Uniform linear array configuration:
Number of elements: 24
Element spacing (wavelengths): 0.25
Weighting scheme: uniform
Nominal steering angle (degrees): -45
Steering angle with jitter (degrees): -43.865
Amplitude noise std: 0.05
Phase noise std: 0.05

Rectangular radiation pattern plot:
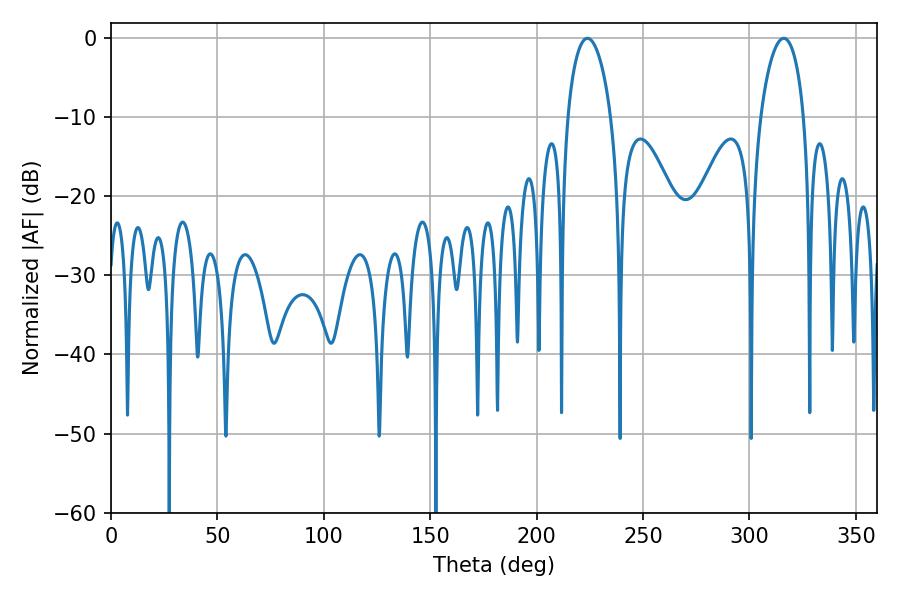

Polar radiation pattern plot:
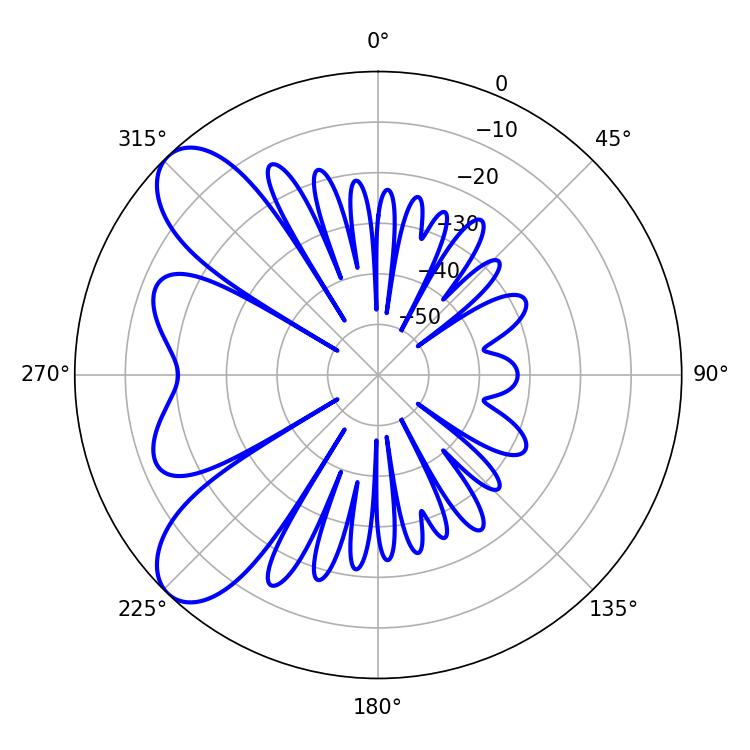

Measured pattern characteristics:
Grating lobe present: FALSE
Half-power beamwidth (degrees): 11.7
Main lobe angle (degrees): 223.92